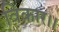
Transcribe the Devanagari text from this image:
विकार।।